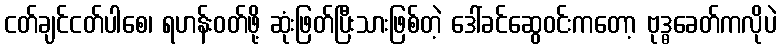
ငတ်ချင်ငတ်ပါစေ၊ ရဟန်းဝတ်ဖို့ ဆုံးဖြတ်ပြီးသားဖြစ်တဲ့ ဒေါ်ခင်ဆွေဝင်းကတော့ ဗုဒ္ဓခေတ်ကလိုပဲ